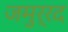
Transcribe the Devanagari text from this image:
जमुर्रद